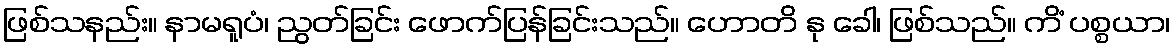
ဖြစ်သနည်း။ နာမရူပံ၊ ညွတ်ခြင်း ဖောက်ပြန်ခြင်းသည်။ ဟောတိ နု ခေါ၊ ဖြစ်သည်။ ကိံ ပစ္စယာ၊